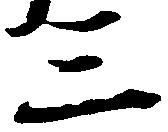
三